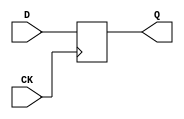
module PipelineRegister (CK, D, Q);
    input CK;
    input [7:0] D;
    output [7:0] Q;
    reg [7:0] q;

    always @(posedge CK) q <= D;

    assign Q = q;
endmodule